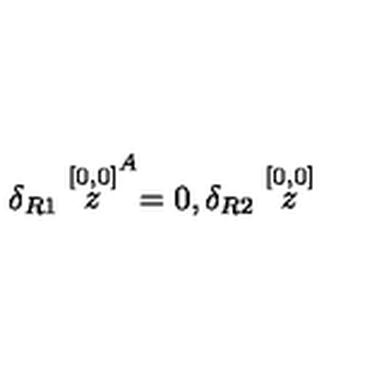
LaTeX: \delta _ { R 1 } \stackrel { [ 0 , 0 ] } { z } ^ { A } = 0 , \delta _ { R 2 } \stackrel { [ 0 , 0 ] } { z }